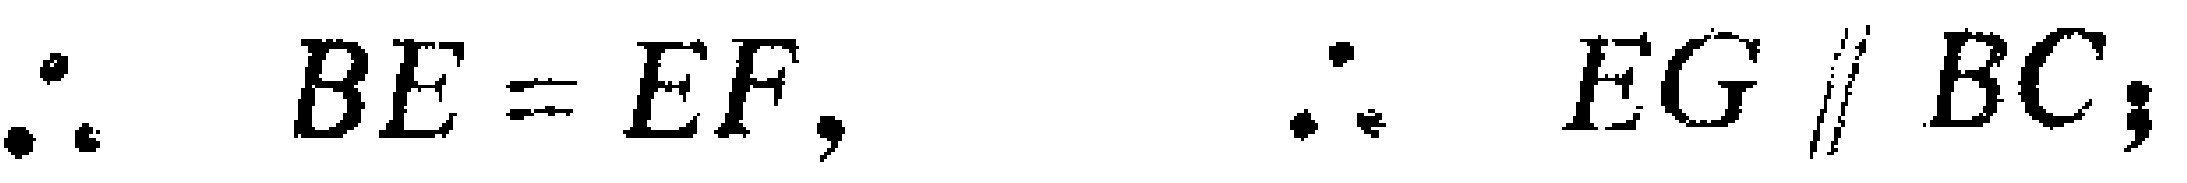
$\because BE = EF, \therefore EG \parallel BC;$